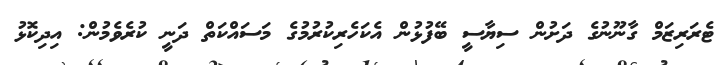
ޓެރަރިޒަމް ގާނޫނުގެ ދަށުން ސިޔާސީ ބޭފުޅުން އެކަހެރިކުރުމުގެ މަސައްކަތް ދަނީ ކުރެވެމުން: އިދިކޮޅު